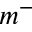
m ^ { - }